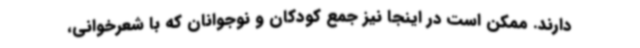
دارند. ممکن است در اینجا نیز جمع کودکان و نوجوانان که با شعرخوانی،